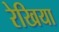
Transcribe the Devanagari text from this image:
रेखिया